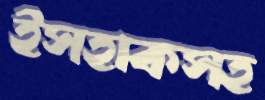
ইসহাকসহ